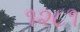
૧૨૮૧